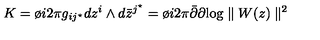
K = \o { i } { 2 \pi } g _ { i j ^ { \star } } d z ^ { i } \wedge d { \bar { z } } ^ { j ^ { \star } } = \o { i } { 2 \pi } { \bar { \partial } } \partial \mathrm { l o g } \parallel W ( z ) \parallel ^ { 2 }